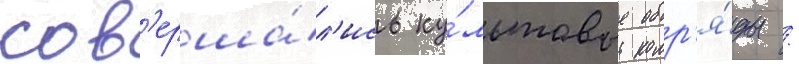
сов'ерша́л'ись ку́льтовые обр'я́ды /